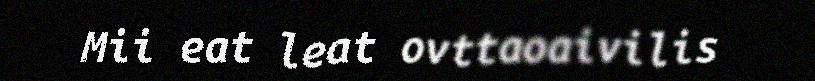
Mii eat leat ovttaoaivilis